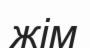
жім